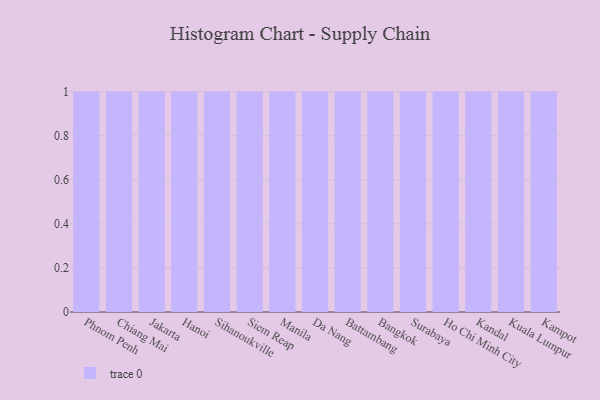
{"axis": {"x": "City", "y": "Customer Acquisition Cost (USD)"}, "legend": [""], "data": [{"x": "Phnom Penh", "y": 56, "type": ""}, {"x": "Chiang Mai", "y": 5, "type": ""}, {"x": "Jakarta", "y": 10, "type": ""}, {"x": "Hanoi", "y": 40, "type": ""}, {"x": "Sihanoukville", "y": 10, "type": ""}, {"x": "Siem Reap", "y": 39, "type": ""}, {"x": "Manila", "y": 88, "type": ""}, {"x": "Da Nang", "y": 76, "type": ""}, {"x": "Battambang", "y": 10, "type": ""}, {"x": "Bangkok", "y": 25, "type": ""}, {"x": "Surabaya", "y": 11, "type": ""}, {"x": "Ho Chi Minh City", "y": 92, "type": ""}, {"x": "Kandal", "y": 1, "type": ""}, {"x": "Kuala Lumpur", "y": 82, "type": ""}, {"x": "Kampot", "y": 97, "type": ""}]}